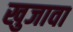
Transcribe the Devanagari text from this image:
खुजावा